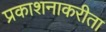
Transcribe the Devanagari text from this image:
प्रकाशनाकरीता